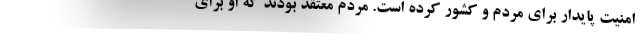
امنیت پایدار برای مردم و کشور کرده است. مردم معتقد بودند که او برای